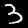
Label: 3